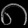
Digit: ၈